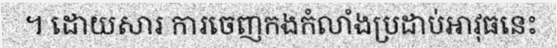
។ ដោយសារ ការចេញកងកំលាំងប្រដាប់អាវុធនេះ